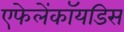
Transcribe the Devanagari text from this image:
एफेलेंकॉयडिस